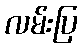
လမ်းပြ